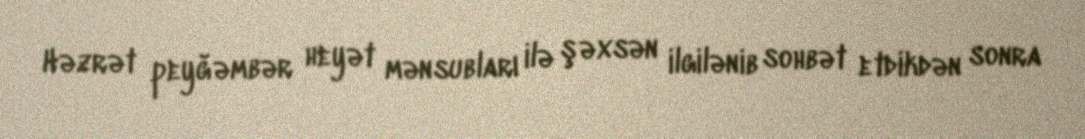
Həzrət peyğəmbər heyət mənsubları ilə şəxsən ilgilənib sohbət etdikdən sonra